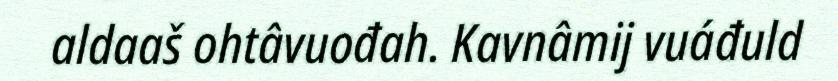
aldaaš ohtâvuođah. Kavnâmij vuáđuld